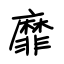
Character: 靡